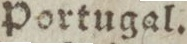
Portugal.